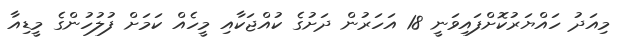
މިއަދު ހައްޔަރުކޮށްފައިވަނީ 18 އަހަރުން ދަށުގެ ކުއްޖަކާއި މީހެއް ކަމަށް ފުލުހުންގެ މީޑިއާ